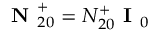
\textbf { N } _ { 2 0 } ^ { + } = N _ { 2 0 } ^ { + } \textbf { I } _ { 0 }